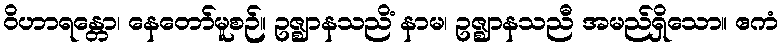
ဝိဟာရန္တော၊ နေတော်မူစဉ်။ ဥဇ္ဈာနသညိံ နာမ၊ ဥဇ္ဈာနသညီ အမည်ရှိသော။ ဧကံ